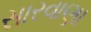
સારવાણા